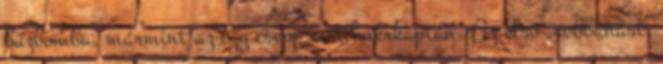
bűzbomba, mármint az egy csepp metilmerkaptán. Az első „robbanást”